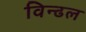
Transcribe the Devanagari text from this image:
विन्ढल